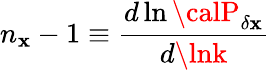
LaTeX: n_{\mathbf{x}}-1\equiv{\frac{{d\ln{\calP}_{\delta\mathbf{x}}}}{{d\lnk}}}